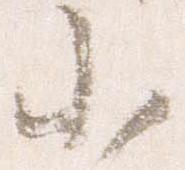
小